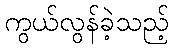
ကွယ်လွန်ခဲ့သည့်